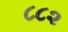
૮૮૨